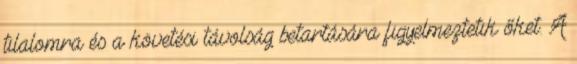
tilalomra és a követési távolság betartására figyelmeztetik őket. A